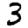
Digit: 3